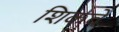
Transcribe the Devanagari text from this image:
शिकवें